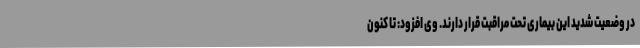
در وضعیت شدید این بیماری تحت مراقبت قرار دارند. وی افزود: تا کنون